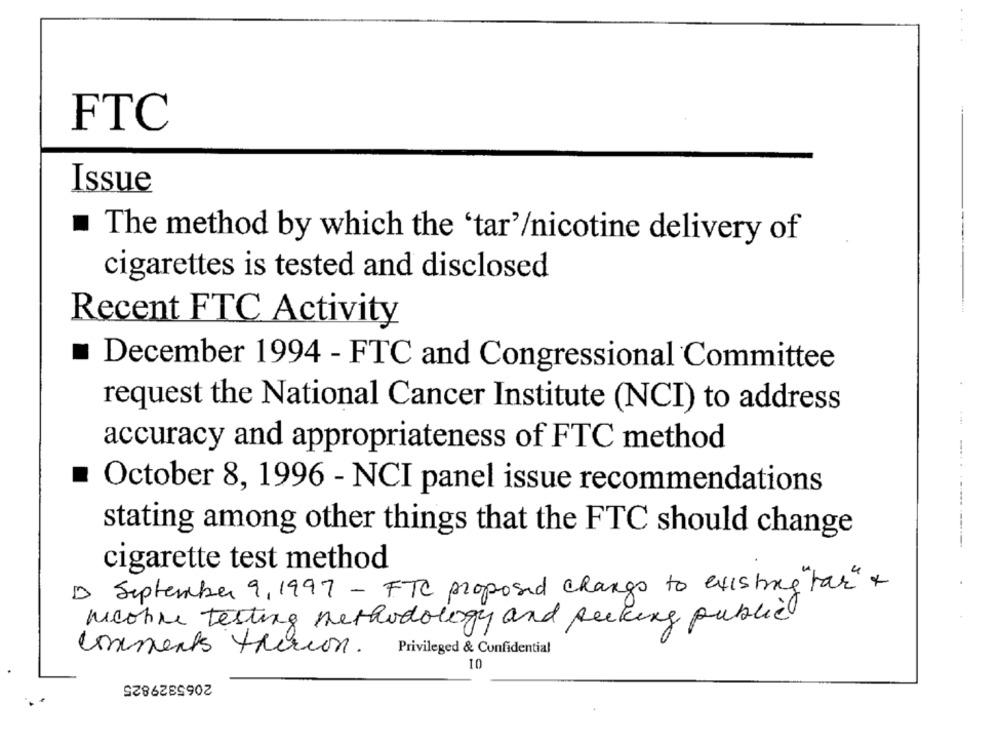
FTC
Issue
The method by which the 'tar'/nicotine delivery of
cigarettes is tested and disclosed
Recent FTC Activity
December 1994 - FTC and Congressional Committee
request the National Cancer Institute (NCI) to address
accuracy and appropriateness of FTC method
October 8, 1996 - NCI panel issue recommendations
stating among other things that the FTC should change
-
cigarette test method
D September 9,1997 - FTC proposed changs to existing tar" x
Meohne testing methodology and packing public
Unments therion. Privileged & Confidential
10
2065329825